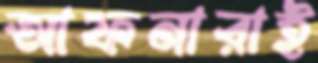
আফনারাই